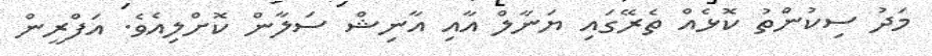
މަދު ސިކުންތު ކޮޅެއް ތެރޭގައި ޔަނާލް އާއި އާނިޝް ސަލާން ކޮށްލިއެވެ. އަފްރީން